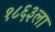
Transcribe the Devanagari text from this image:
१८६३ला